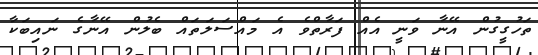
ތަހުގީގުން އޭނާ ވަނީ އެއް ފަރާތްވެ އެ މައްސަލަތައް ބެލުން އޭނާގެ ނައިބަކާ